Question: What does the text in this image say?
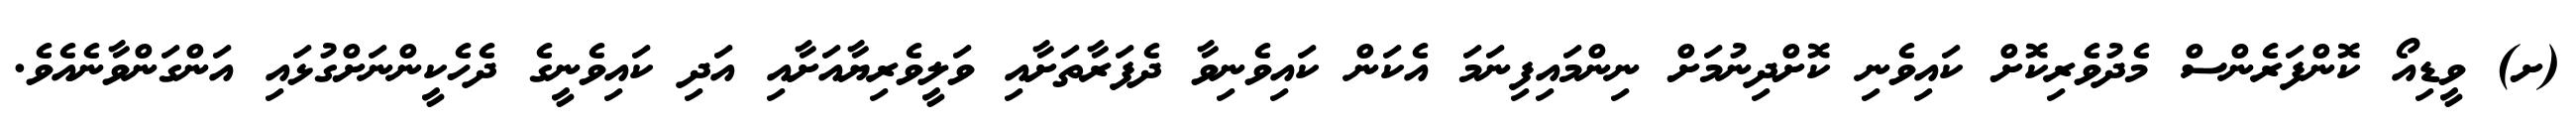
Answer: (ށ) ވީޑިއޯ ކޮންފަރެންސް މެދުވެރިކޮށް ކައިވެނި ކޮށްދިނުމަށް ނިންމައިފިނަމަ އެކަން ކައިވެނިވާ ދެފަރާތަށާއި ވަލީވެރިޔާއަށާއި އަދި ކައިވެނީގެ ދެހެކީންނަށްގުޅައި އަންގަންވާނެއެވެ.